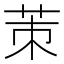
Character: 茦